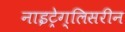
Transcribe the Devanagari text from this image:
नाइट्रेग्लिसरीन